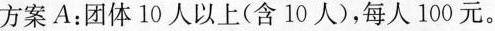
方案A：团体10人以上(含10人)，每人100元。